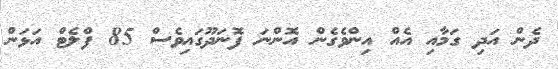
ދެން އަދި ގަމާއި އެއް އިންވެގެން އޮންނަ ފޮނަދޫގައިވެސް 85 ފްލެޓް އަޅަން